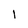
Character: 1